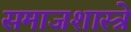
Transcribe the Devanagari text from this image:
समाजशास्त्रे